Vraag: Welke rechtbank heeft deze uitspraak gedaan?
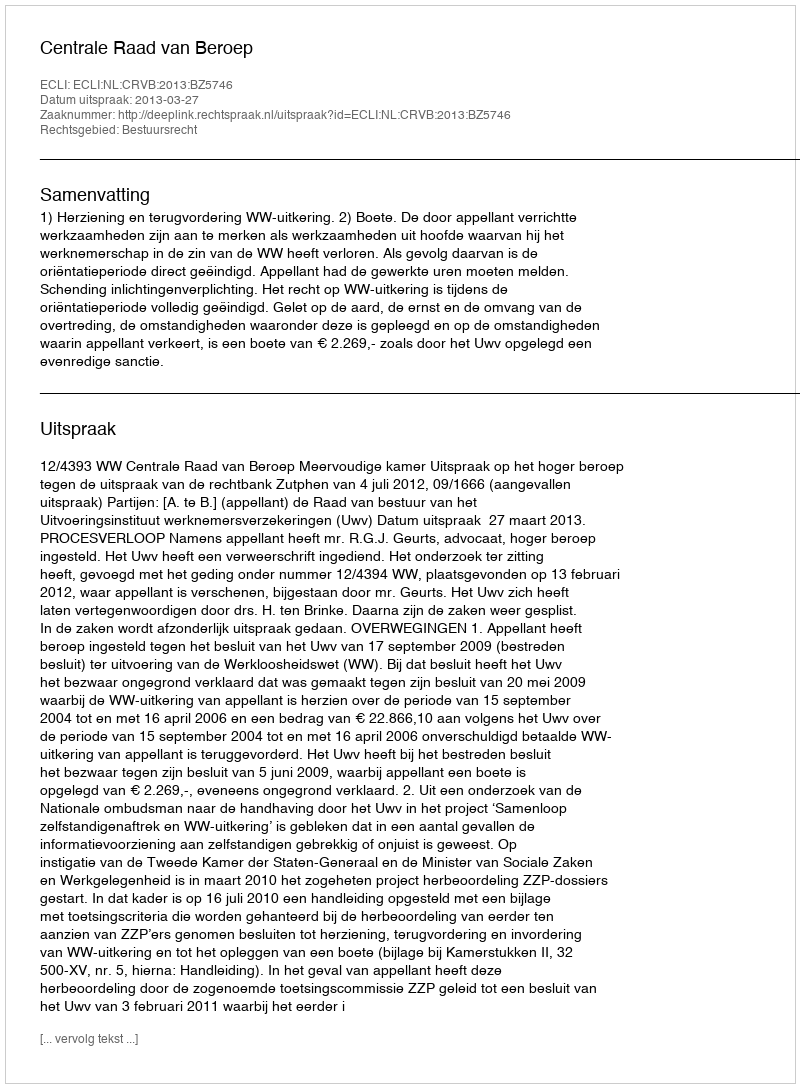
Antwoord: Centrale Raad van Beroep